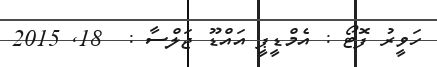
ހަވީރު ފޮޓޯ : އެމްޑީޕީ އައްޑޫ ޖަލްސާ :  18